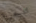
للسخرية